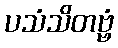
ပသံသိတဗ္ဗံ